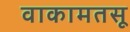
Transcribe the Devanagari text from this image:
वाकामतसू